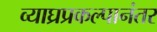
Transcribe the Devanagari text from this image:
व्याघ्रप्रकल्पानंतर